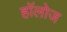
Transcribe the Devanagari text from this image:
हाॅलोज